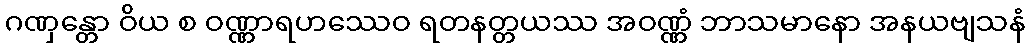
ဂဏှန္တော ဝိယ စ ဝဏ္ဏာရဟဿေဝ ရတနတ္တယဿ အဝဏ္ဏံ ဘာသမာနော အနယဗျသနံ